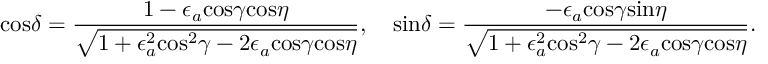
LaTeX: \mathrm { c o s } \delta = { \frac { 1 - \epsilon _ { a } \mathrm { c o s } \gamma \mathrm { c o s } \eta } { \sqrt { 1 + \epsilon _ { a } ^ { 2 } \mathrm { c o s } ^ { 2 } \gamma - 2 \epsilon _ { a } \mathrm { c o s } \gamma \mathrm { c o s } \eta } } } , \quad \mathrm { s i n } \delta = { \frac { - \epsilon _ { a } \mathrm { c o s } \gamma \mathrm { s i n } \eta } { \sqrt { 1 + \epsilon _ { a } ^ { 2 } \mathrm { c o s } ^ { 2 } \gamma - 2 \epsilon _ { a } \mathrm { c o s } \gamma \mathrm { c o s } \eta } } } .